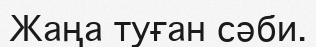
Жаңа туған сәби.